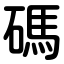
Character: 碼